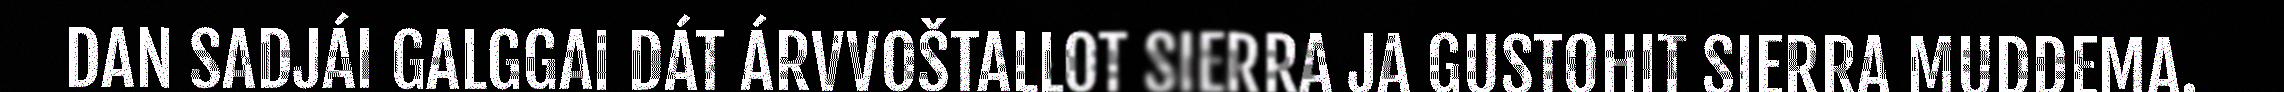
DAN SADJÁI GALGGAI DÁT ÁRVVOŠTALLOT SIERRA JA GUSTOHIT SIERRA MUDDEMA.